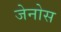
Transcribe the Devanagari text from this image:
जेनोस